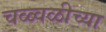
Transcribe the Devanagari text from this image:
चळ्वळीच्या